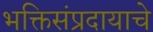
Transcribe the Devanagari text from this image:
भक्तिसंप्रदायाचे